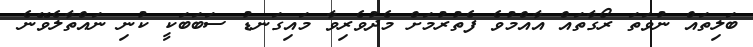
ބަލިތައް ނުވަތަ ރޯގާތައް އާއްމުވެ ފެތުރުމަށް މެދުވެރިވާ މައިގަނޑު ސަބަބަކީ ކުނި ނައްތާލެވޭނެ